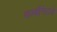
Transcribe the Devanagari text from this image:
कार्बोनेटचे